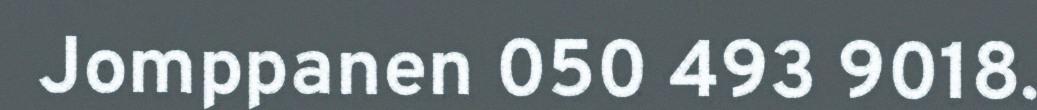
Jomppanen 050 493 9018.